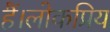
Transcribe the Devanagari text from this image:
हैं।लोकप्रिय